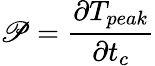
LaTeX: \mathscr{P}=\frac{\partial T_{peak}}{\partial t_{c}}